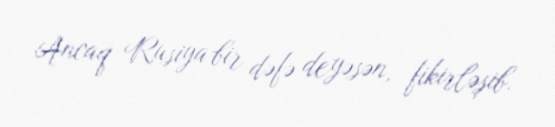
Ancaq Rusiya bir dəfə deyəsən, fikirləşib.